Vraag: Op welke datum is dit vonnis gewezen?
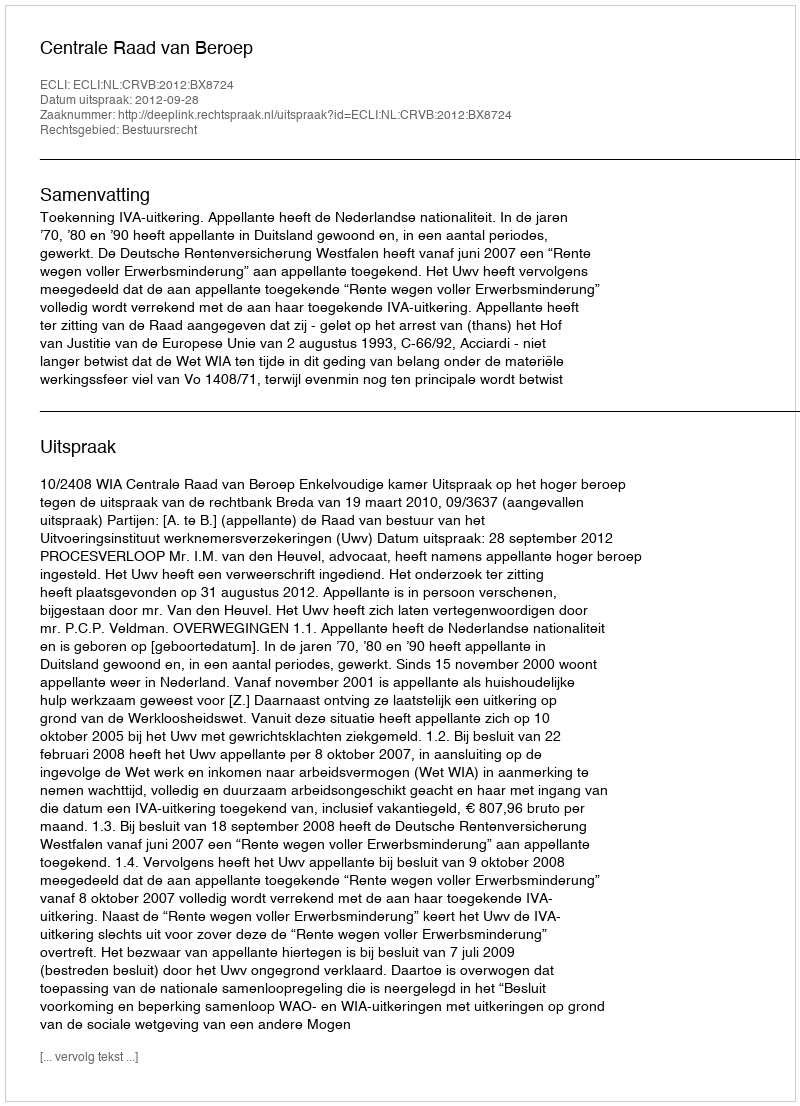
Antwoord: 2012-09-28